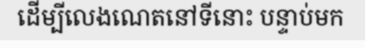
ដើម្បីលេងណេតនៅទីនោះ បន្ទាប់មក